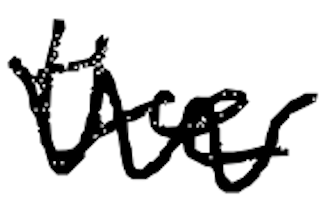
Text: the
Cross-out: zig-zag
Writing tool: digital_black